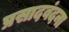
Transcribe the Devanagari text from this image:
प्रसादवंदना